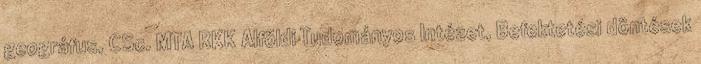
geográfus, CSc. MTA RKK Alföldi Tudományos Intézet, Befektetési döntések